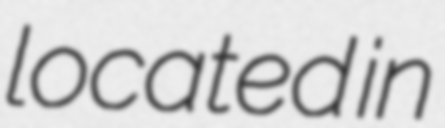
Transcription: located in